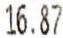
16.87